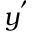
y ^ { ' }